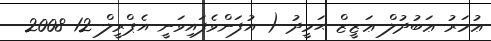
ޢުމަރު ޢަބުދުލް ޢަޒީޒް ޙަމީދު ( އުފަންވެފައިވަނީ އެޕްރީލް 12 2008